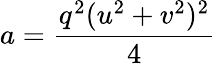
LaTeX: a={\frac{q^{2}(u^{2}+v^{2})^{2}}{4}}